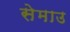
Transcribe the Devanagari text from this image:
सेमाउ